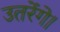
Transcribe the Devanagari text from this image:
उतरेंगे।